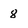
Character: 8